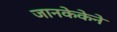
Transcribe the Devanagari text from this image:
जानकेकेने